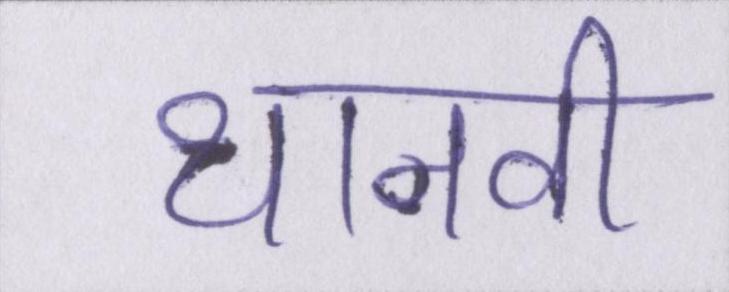
थानवी